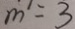
m = 3